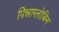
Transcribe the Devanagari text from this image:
पिन्नाग्लोबिन